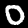
Label: 0